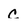
Character: c